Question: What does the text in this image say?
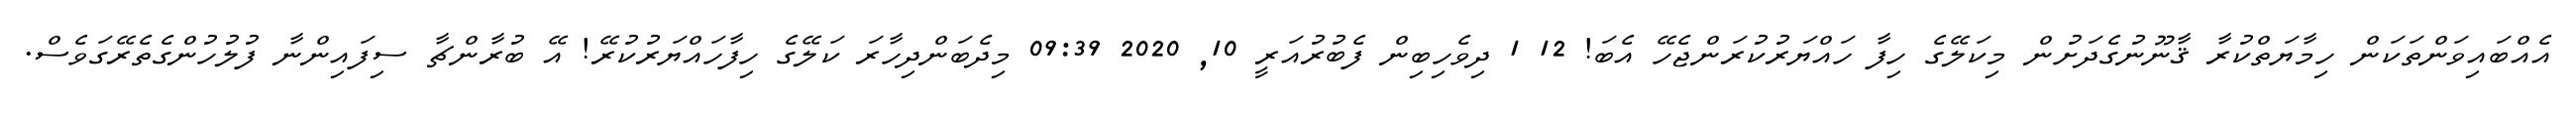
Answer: އެއްބައިވަންތަކަން ހިމާޔަތްކުރާ ޤާނޫނުގެދަށުން މިކަލޭގެ ހިފާ ހައްޔަރުކުރަންޖެހޭ އެބަ! 12 1 ދިވެހިބިން ފެބުރުއަރީ 10, 2020 09:39 މިދެބަންދިހާރަ ކަލޭގެ ހިފާހައްޔަރުކުރޭ! އޭ ބުރާންޗާ ސިފައިންނާ ފުލުހުންގެތެރޭގަވެސް.